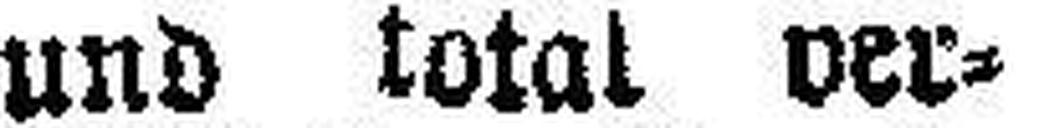
und total ver¬